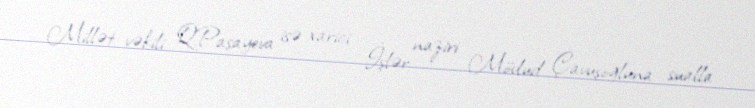
Millət vəkili Q.Paşayeva isə xarici İşlər naziri Mövlud Çavuşoğluna sualla